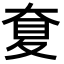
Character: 𡙋